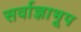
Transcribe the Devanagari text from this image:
सर्वाज्ञाभूप